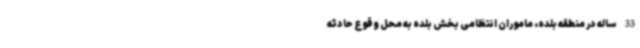
33 ساله در منطقه بلده، ماموران انتظامی بخش بلده به محل وقوع حادثه